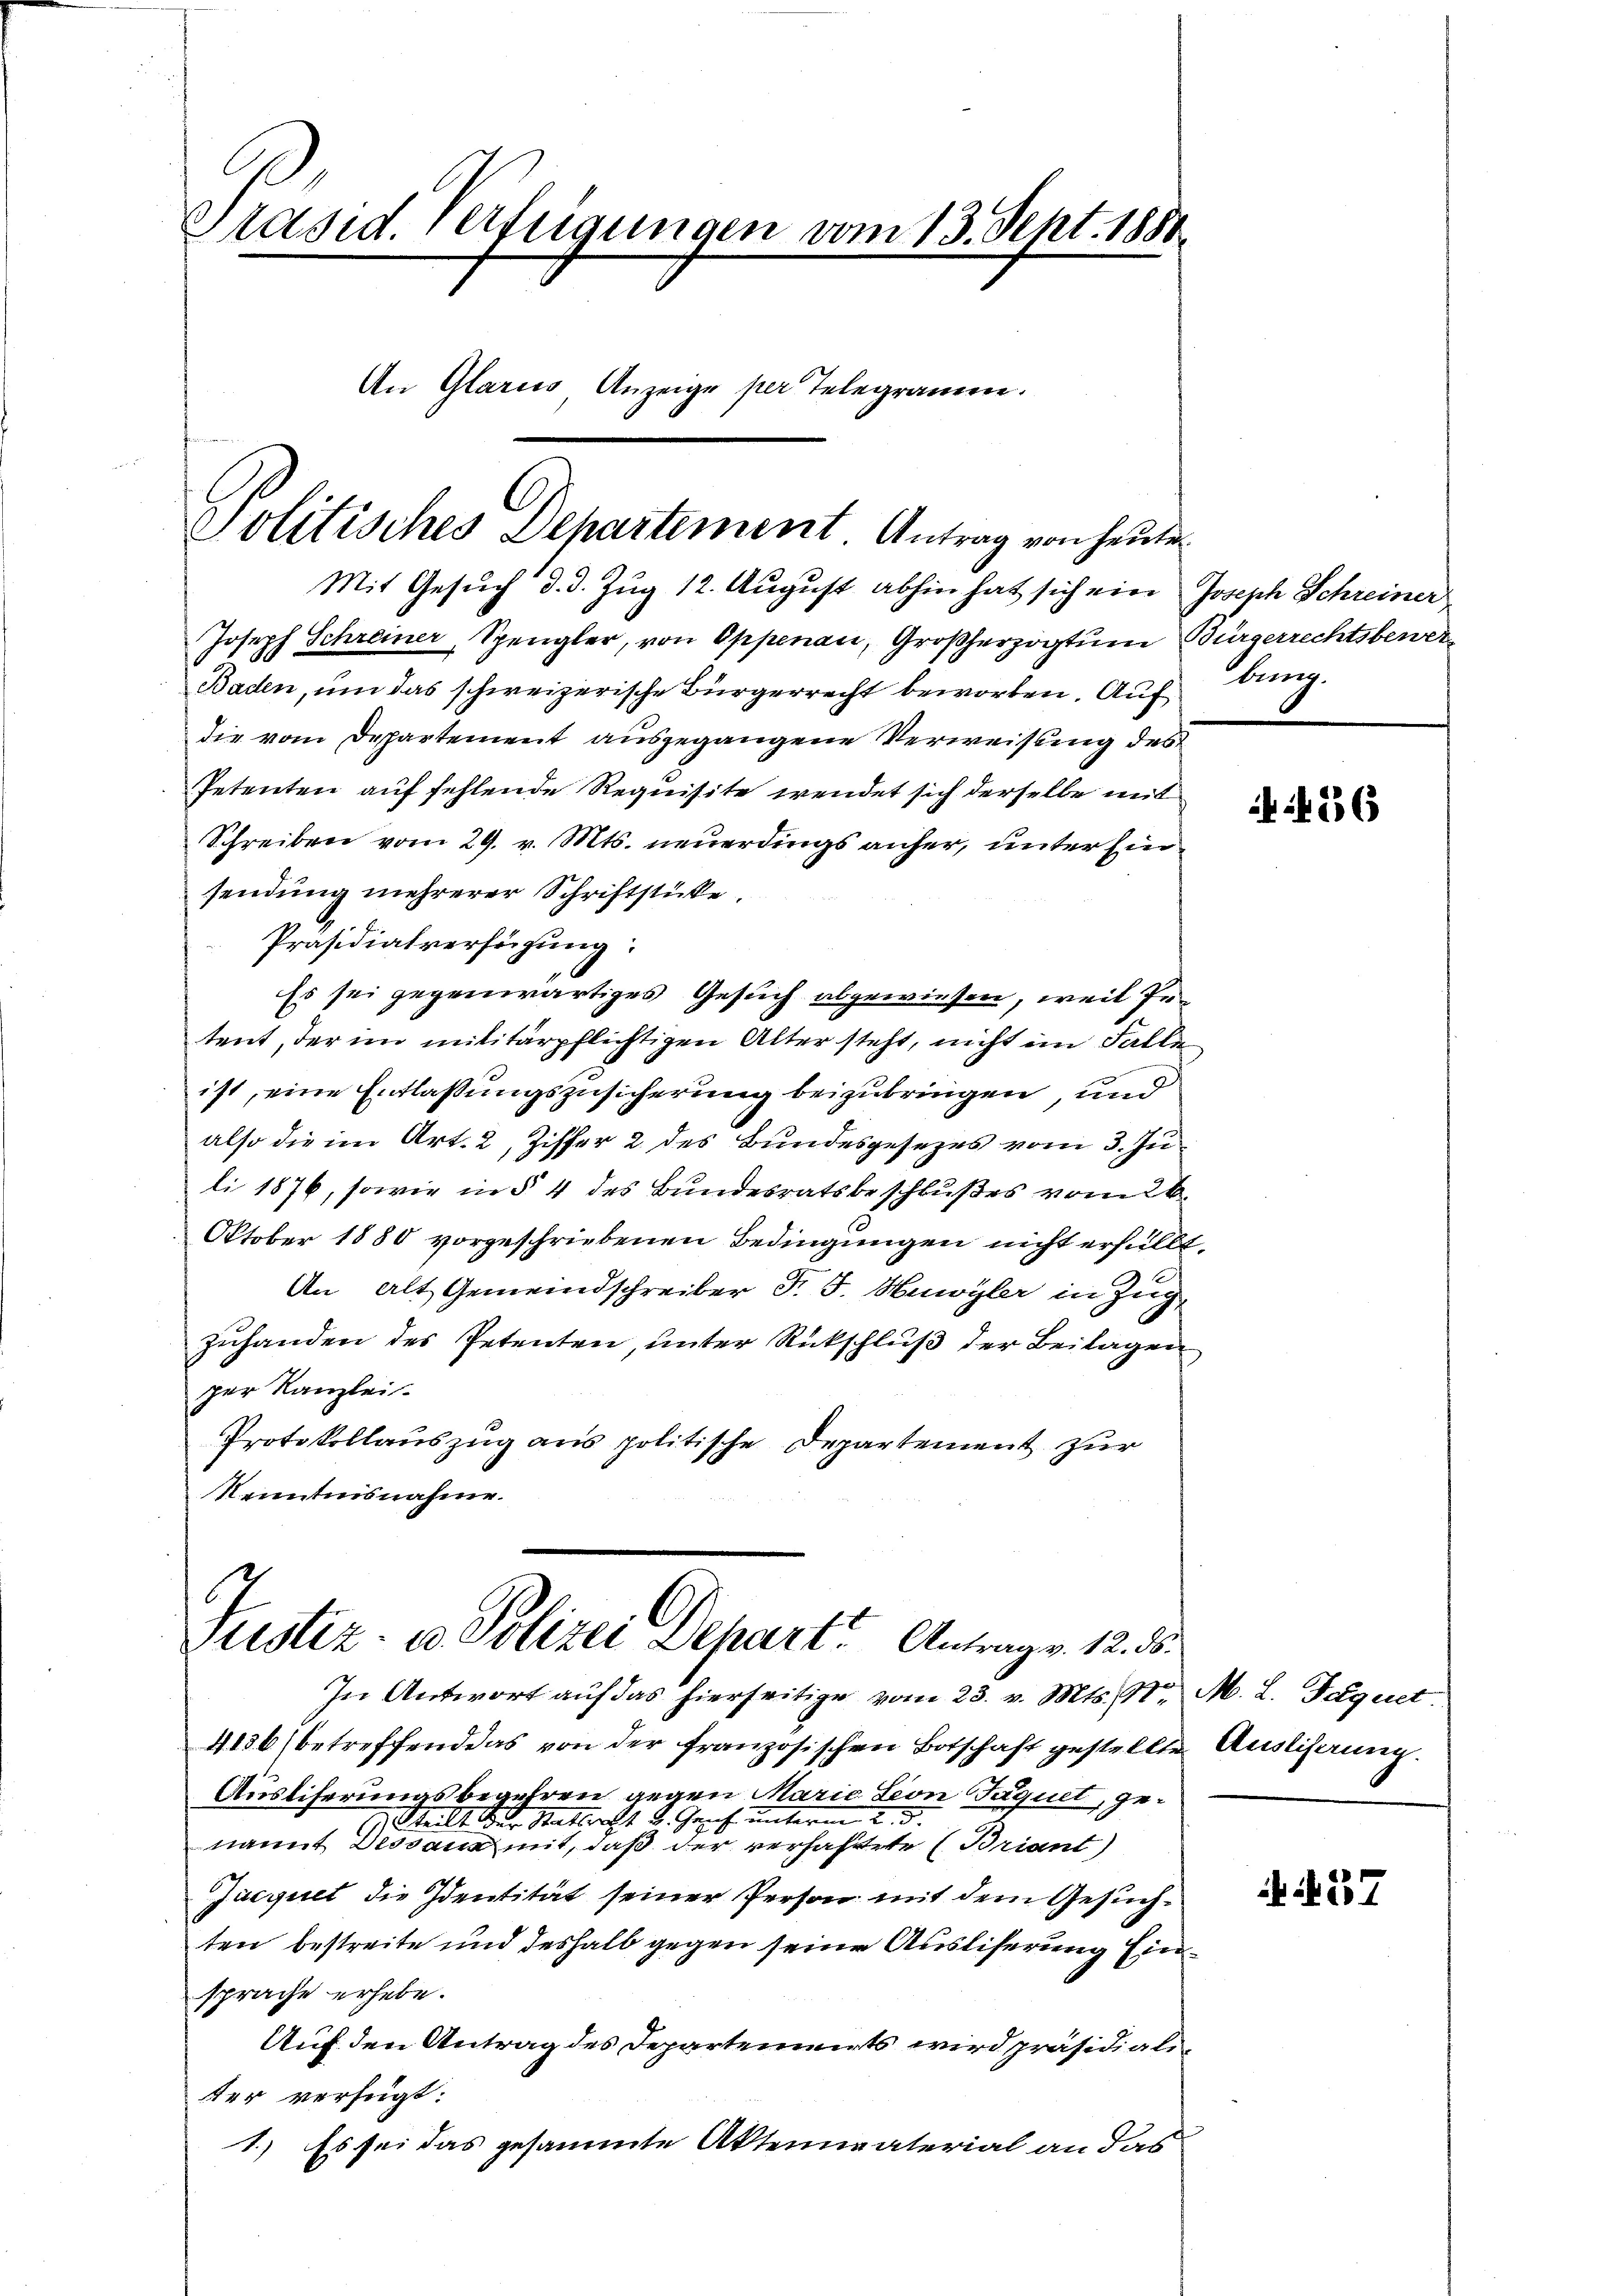
Präsid. Verfügungen vom 13. Sept. 1880.
An Glarus Anzeige per Telegramm.

Politisches Departement. Antrag von heute.
Mit Gesuch d. d. Zug 12. August abhin hat sich ein Joseph Schreiner
Joseph Schreiner, Spengler, von Oppenau, Großherzogtum Bürgerrechtsbewer¬

Baden, um das schweizerische Bürgerrecht beworben. Auf
die vom Departement ausgegangene Verweisung des
Petenten auf fehlende Requisite wendet sich derselbe mit
Schreiben vom 29. v. Mts. neuerdings anher, unter hie
sendung mehrerer Schriftstücke.
Präsidialverfügung:
Es sei gegenwärtiges Gesuch abgewiesen, weil Petent, der im militärpflichtigen Alter steht, nicht im Falle
ist, eine Entlassungszusicherung beizubringen, und
also die im Art. 2, Ziffer 2 des Bundesgesezes vom 3. Juli 1876, sowie in § 4 des Bundesratsbeschlußes vom 26.
Oktober 1880 vorgeschriebenen Bedingungen nicht erfüllt.
An Alt Gemeindschreiber Fr. J. Huwyler in Zug,
zuhanden des Petenten, unter Rückschluß der Beilagen
per Kanzlei.
Protokollauszug aus politische Departement zur
Kenntnisnahme.
6
Justiz- u Polizei Depart. Antrag v. 12. 3.

In Antwort auf das hierseitige vom 23. v. Mts., Nr. M. L. Paquet
4136 (betreffend das von der französischen Botschaft gestellte Auslihaung.
Ausliferungsbegehren gegen Marie Leon Jaquet, ge¬
7) teilt der Statterst d. Genf unterm 2. d.
namit Dessau mit, daß der verhaftete (Briant)
Jucquet die Identität seiner Person mit dem Gesuchten bestreite und deshalb gegen seine Ausliserung Einsprache erhebe.
Auf den Antrag des Departenwirts wird präsidialiter verfügt:
1.) Es sei das gesammte Aktenvaterial an das

Kunz.

if. 426

N. 57